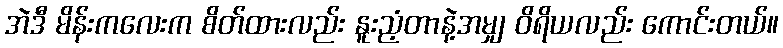
အဲဒီ မိန်းကလေးက စိတ်ထားလည်း နူးညံ့တာနဲ့အမျှ ဝိရိယလည်း ကောင်းတယ်။